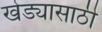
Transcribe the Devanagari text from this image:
खेड्यासाठी